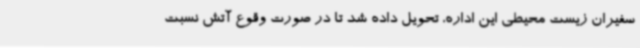
سفیران زیست محیطی این اداره، تحویل داده شد تا در صورت وقوع آتش نسبت